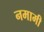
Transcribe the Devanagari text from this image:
नमामी